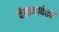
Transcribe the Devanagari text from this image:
वेळ्च्यावेळी